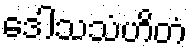
ဒေါသသံဟိတံ